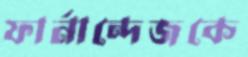
ফার্নান্দেজকে